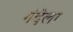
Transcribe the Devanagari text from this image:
गंदेला